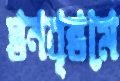
স্তনবৃন্তমে